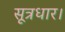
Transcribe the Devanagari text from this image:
सूत्रधार।